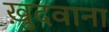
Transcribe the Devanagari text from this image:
ख़ुदवाना